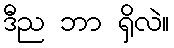
ဒီည ဘာ ရှိလဲ။